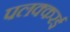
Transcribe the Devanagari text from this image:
पलक्करई